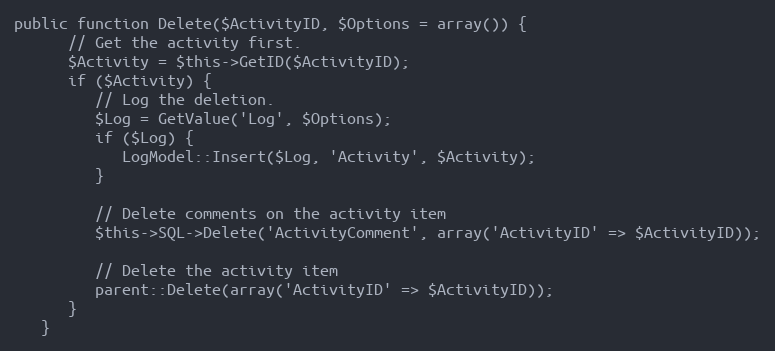
Language: PHP
public function Delete($ActivityID, $Options = array()) {
      // Get the activity first.
      $Activity = $this->GetID($ActivityID);
      if ($Activity) {
         // Log the deletion.
         $Log = GetValue('Log', $Options);
         if ($Log) {
            LogModel::Insert($Log, 'Activity', $Activity);
         }

         // Delete comments on the activity item
         $this->SQL->Delete('ActivityComment', array('ActivityID' => $ActivityID));

         // Delete the activity item
         parent::Delete(array('ActivityID' => $ActivityID));
      }
   }